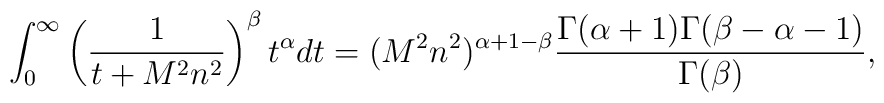
\int_0^\infty\left(\frac{1}{t+M^2n^2}\right)^\beta t^\alpha  dt=(M^2n^2)^{\alpha+1-\beta}  \frac{\Gamma(\alpha+1)\Gamma(\beta-\alpha-1)}{\Gamma(\beta)},